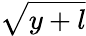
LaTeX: \sqrt{y+l}